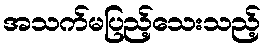
အသက်မပြည့်သေးသည့်